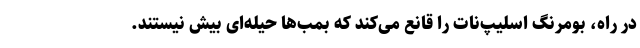
در راه، بومرنگ اسلیپ‌نات را قانع می‌کند که بمب‌ها حیله‌ای بیش نیستند.